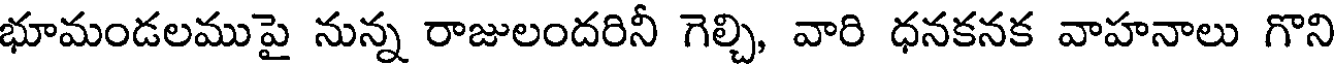
భూమండలముపై నున్న రాజులందరినీ గెల్చి, వారి ధనకనక వాహనాలు గొని